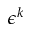
\epsilon ^ { k }